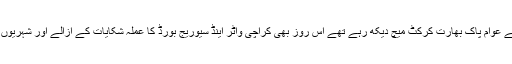
ورلڈ کپ کرکٹ ٹورنامنٹ کے اہم میچ کے موقع پر جب کراچی کے عوام پاک بھارت کرکٹ میچ دیکھ رہے تھے اس روز بھی کراچی واٹر اینڈ سیوریج بورڈ کا عملہ شکایات کے ازالے اور شہریوں کو پانی کی فراہمی یقینی بنانے کے لیے متعدد اقدامات کر رہا تھا۔